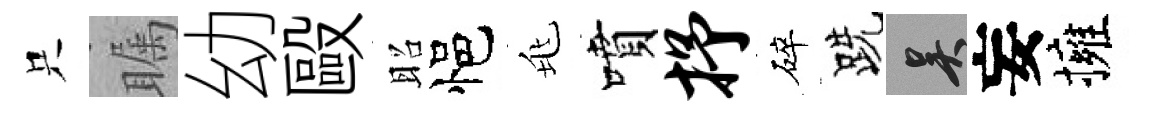
只瞩幼毆昭悒兆噴抒碎跣吴妄擁